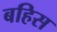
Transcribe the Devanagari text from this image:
बहिस